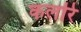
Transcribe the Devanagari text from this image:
कलरि